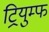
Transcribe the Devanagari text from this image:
ट्रियुम्फ